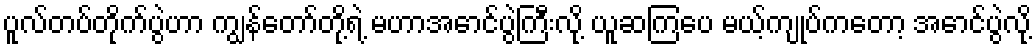
ပူလ်တပ်တိုက်ပွဲဟာ ကျွန်တော်တို့ရဲ့ မဟာအောင်ပွဲကြီးလို့ ယူဆကြပေ မယ့်ကျုပ်ကတော့ အောင်ပွဲလို့